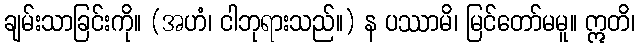
ချမ်းသာခြင်းကို။ (အဟံ၊ ငါဘုရားသည်။) န ပဿာမိ၊ မြင်တော်မမူ။ ဣတိ၊